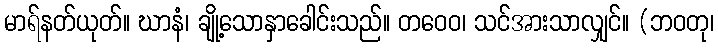
မာရ်နတ်ယုတ်။ ဃာနံ၊ ချို့သောနှာခေါင်းသည်။ တဝေဝ၊ သင်အားသာလျှင်။ (ဘဝတု၊